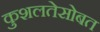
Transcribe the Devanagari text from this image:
कुशलतेसोबत